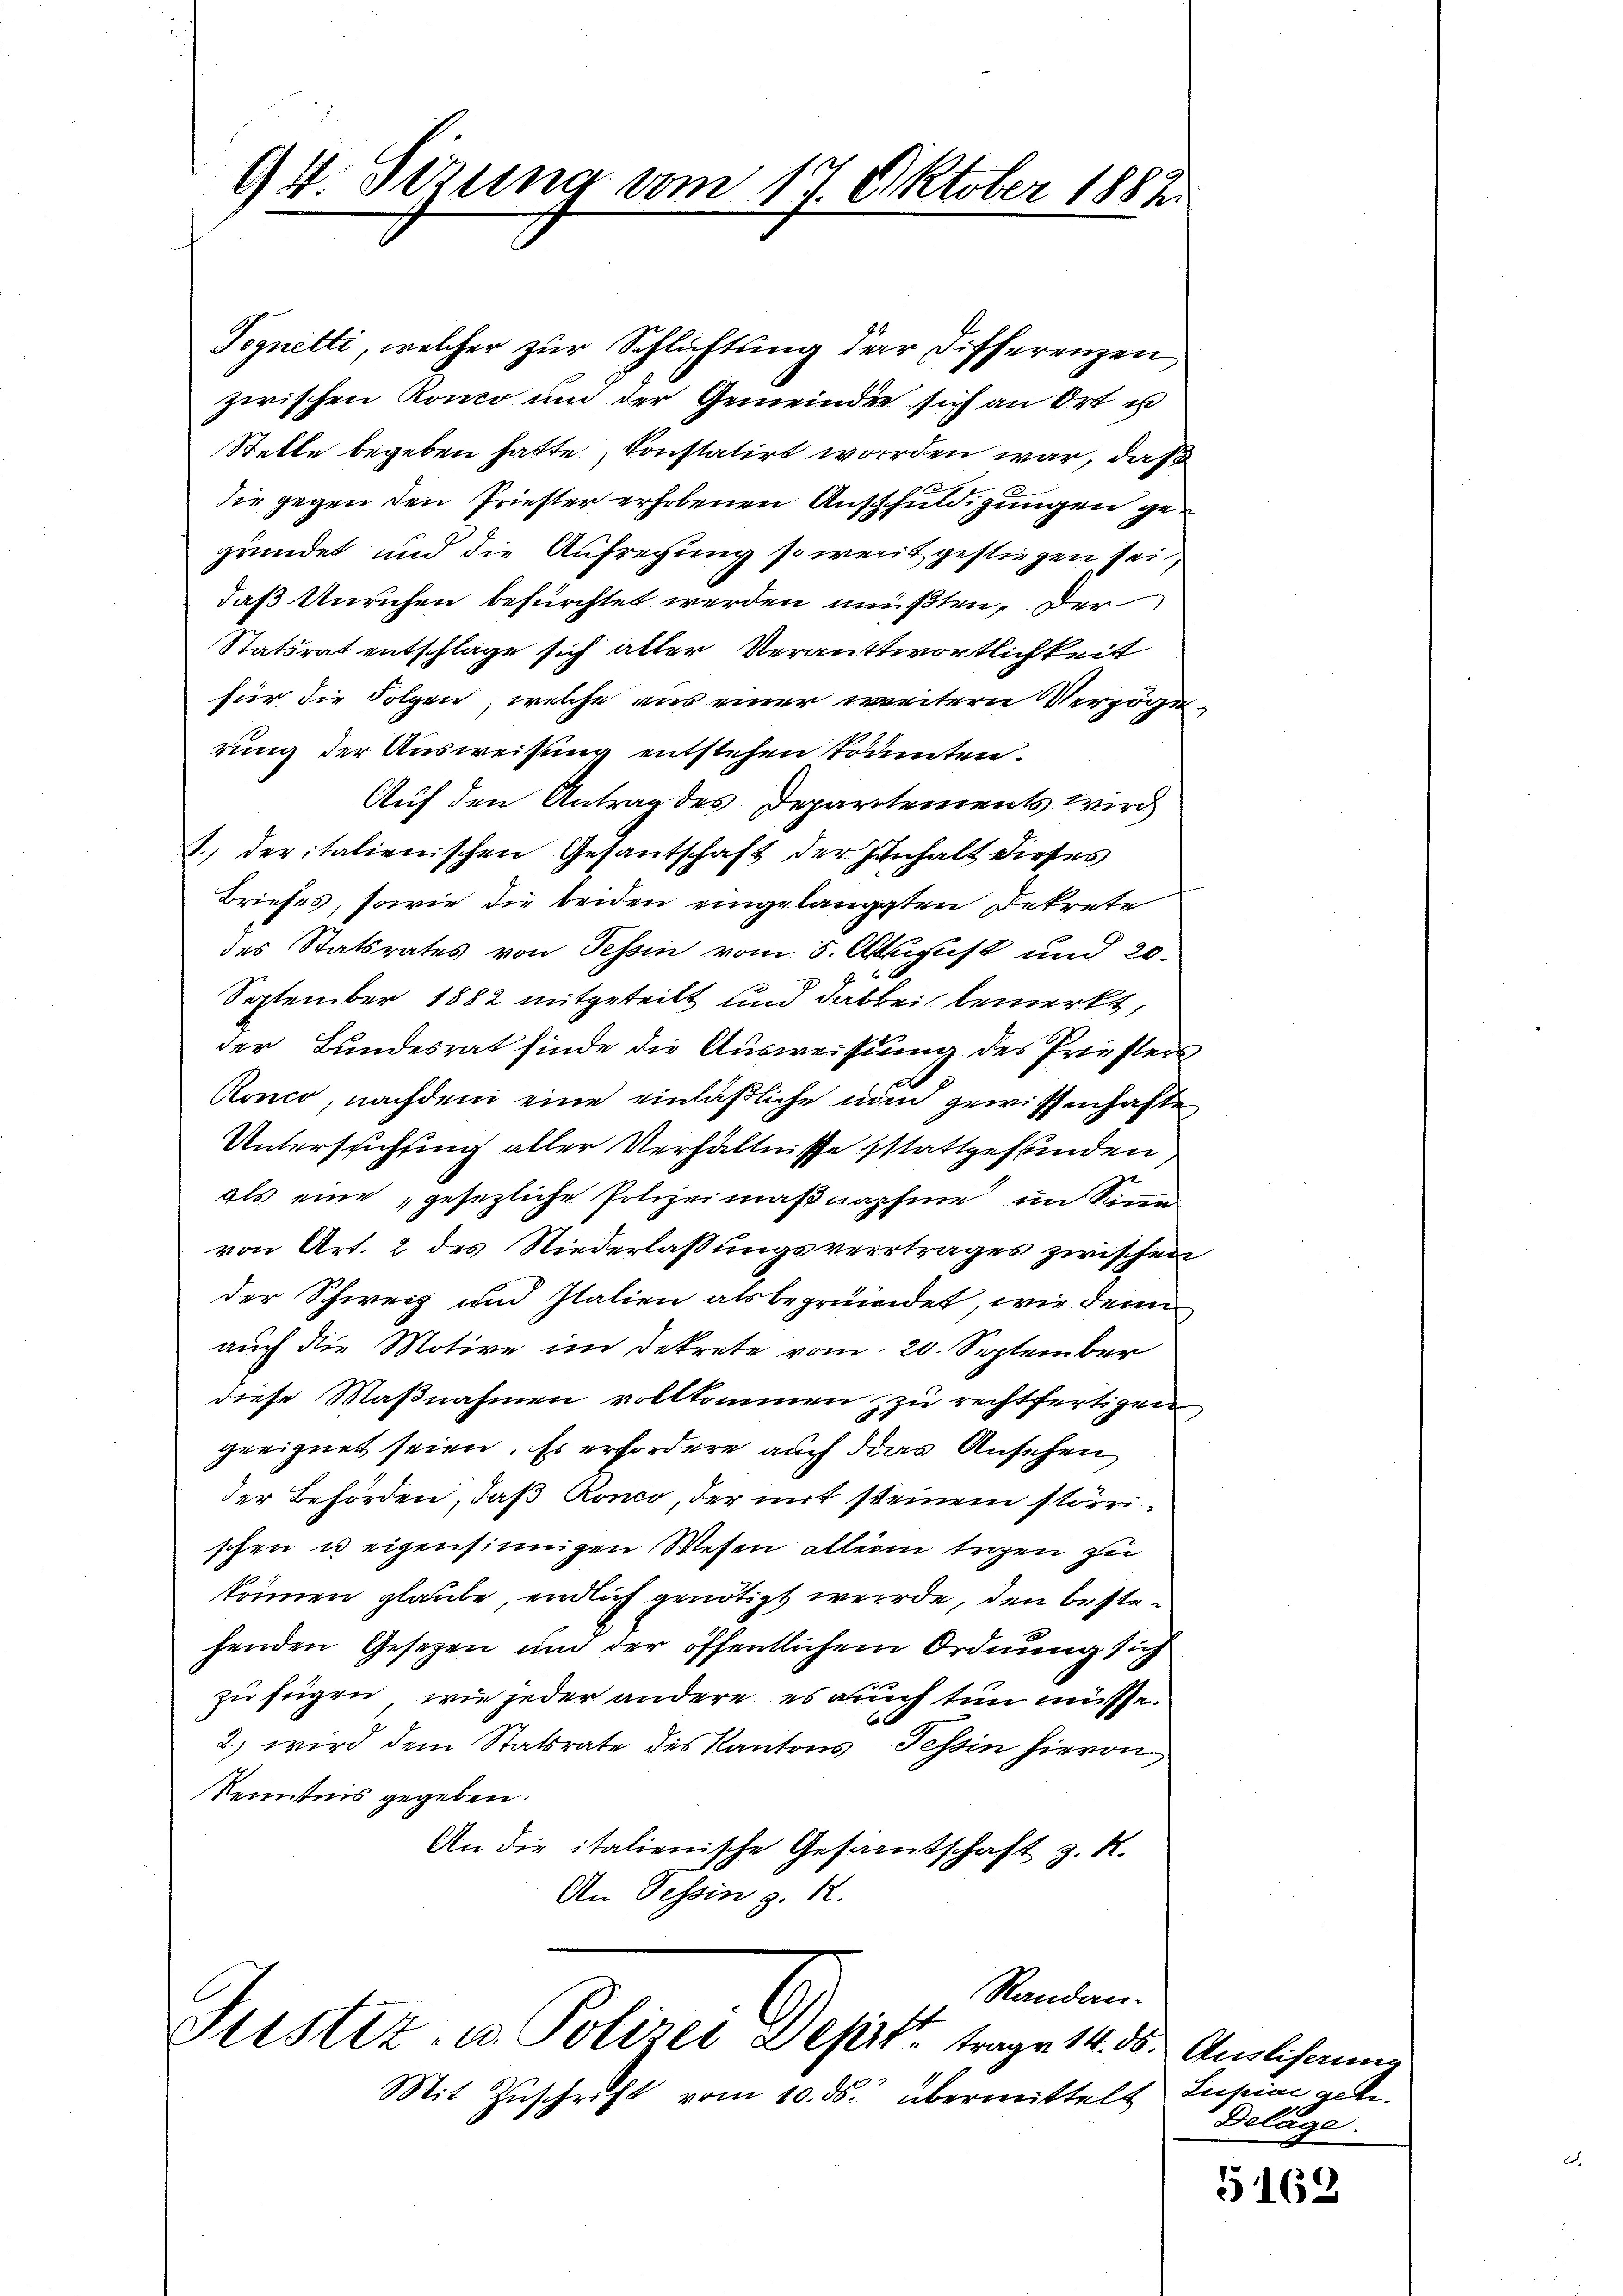
94. Sizung vom 17. Oktober 1882

Vegnetti, welcher zur Schläftung der Differenzen
zwischen Konco um der Gemeinde sich an Ort u
Stelle begeben hatte, konstatirt worden war, daß
die gegen den Friester erhobenen Ausschuldigungen gegründet und die Aufregung so weit gestiegen sei
daß Unruhen befürchtet werden mußten, der
Statsrat entschlage sich aller Verantwortlichkeit
für die Folgen, welche aus einer weitern Verzöge
rung der Ausweisung entstehen tranten.
Auf den Antrag des Departements wird
1.) der italienischen Gesantschaft der Inhalt dieses
Briefes, sowie die beiden eingelangten Dekrete
des Statsrates von Tessin vom 5. August und 20.
September 1882 mitgeteilt und dabei bemerkt,
der Bundesrat finde die Ausweisung des Priesters
Ronco, nachdem eine einläßliche nun gewissenhafte
Untersuchung aller Verhältnisse stattgefunden,
als eine „gesezliche Polizeimaßnahme im Sinn
von Art. 2 des Niederlaßungsvertrages zwischen
der Schweiz und Italien als begründet, wie denn
auch die Motive im Dekrete vom 20. September
diese Maßnahmen vollkommen zu rechtfertigen
geeignet seien. Es erfordere auch das Ansehen
der Behörden, daß Ronco, der mit steinem störrischen u eigensinnigen Wesen allein terzen zu
können glaube, endlich genötigt werde, den bestehenden Gesetzen und der öffentlichem Ordnung sich
zu fügen, wie jeder andere es auch tun müsse.
2.) wird dem Statsrate des Kantons Tessin hievon
Kenntnis gegeben.
An die italienische Gesamtschaft z. R.
An Tessin z. 12.

Justiz- u. Polizei Depest trage 14. d. Auslihanne

Randan-

Mit Zŭschrift vom 10. ds. übermittelt

Luigiae gebe.
Delage.

5162